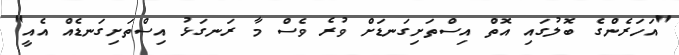
"އަހަރެންގެ ބޮލުގައި އޮތް އިސްތަށިގަނޑަށް ވުރެ ވެސް މާ ރަނގަޅު އިސްތަށިގަނޑެއް އެއީ"